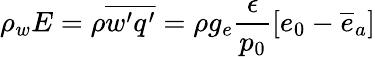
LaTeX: \rho_{w}E=\rho\overline{{w^{\prime}q^{\prime}}}=\rho g_{e}\frac{\epsilon}{p_{0}}\left[e_{0}-\overline{{e}}_{a}\right]